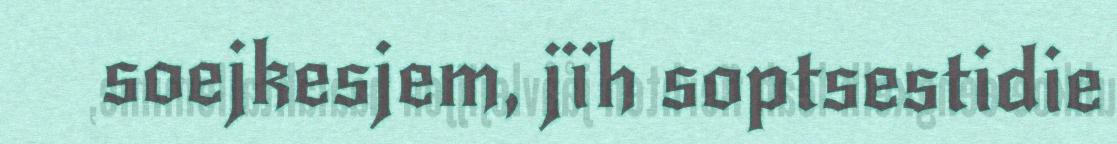
soejkesjem, jïh soptsestidie